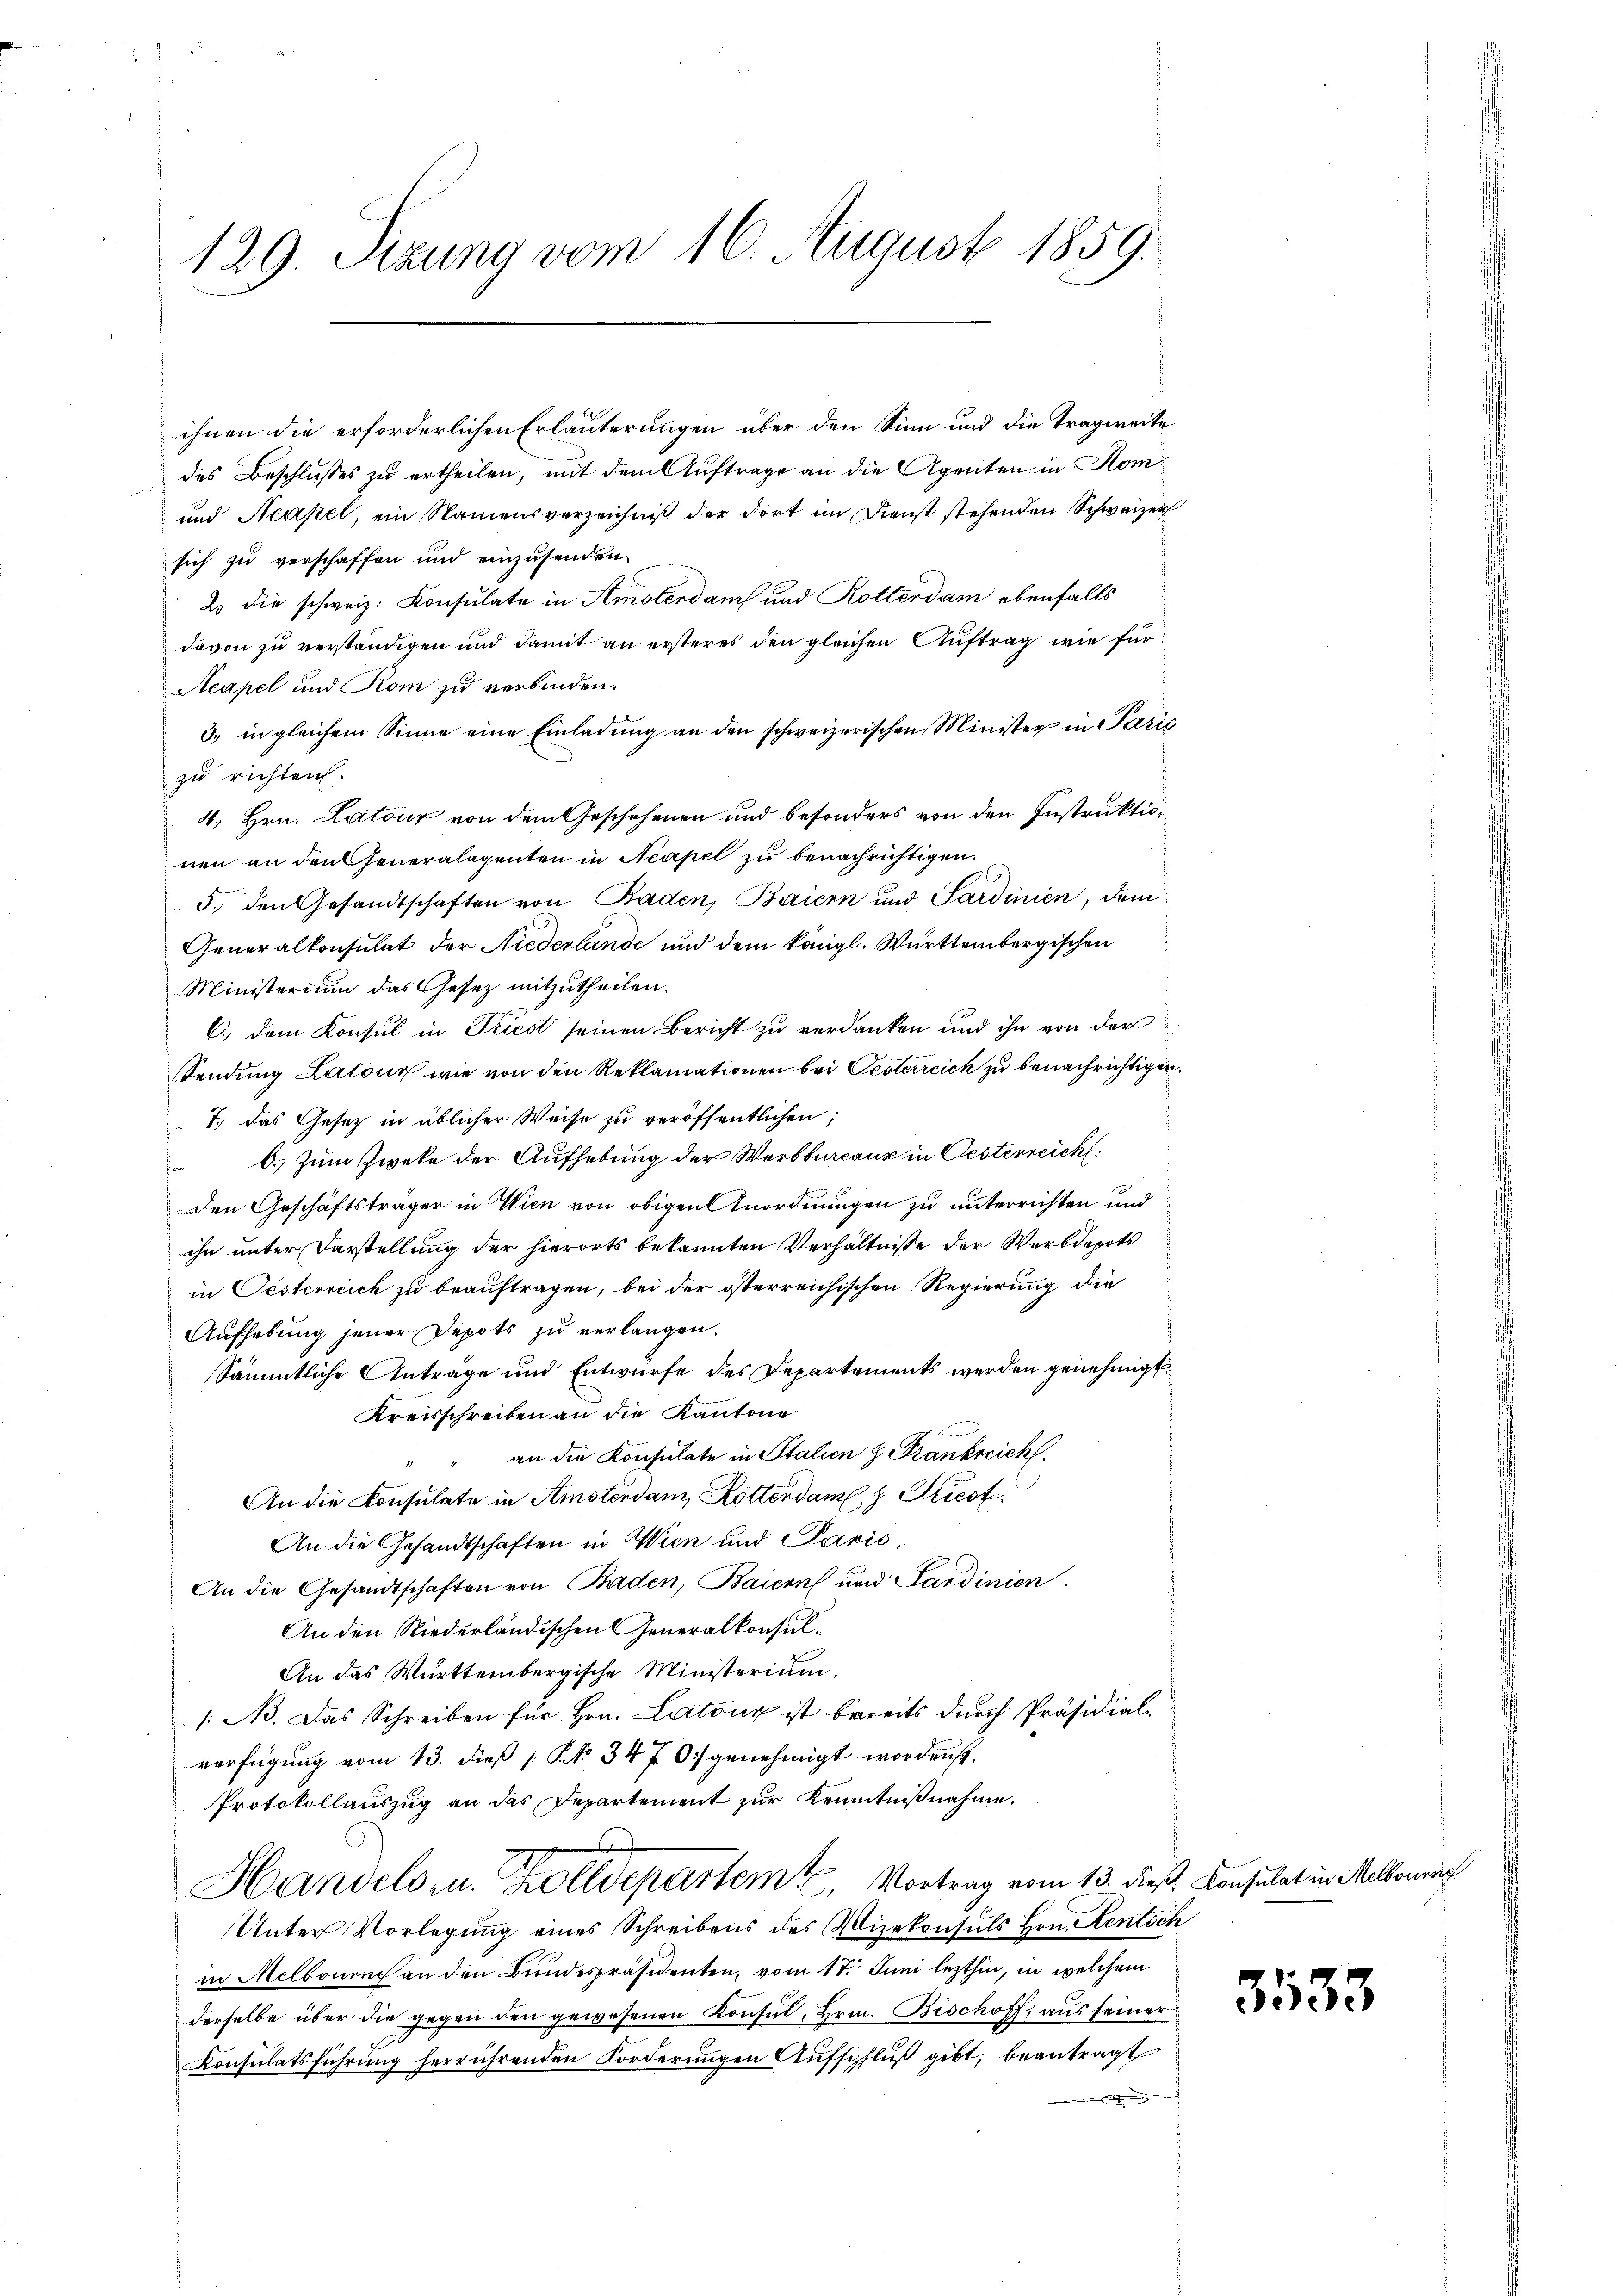
ihnen die erforderlichen Erläuterungen über den Sinn und die Tragweite
des Beschlußes zu ertheilen, mit dem Auftrage an die Agenten in Kom
und Neapel, ein Namensverzeichniß der dort im Dienst stehenden Schweizer
sich zu verschaffen und einzusenden.
2 die schweiz. Konsulate in Amsterdam und Rotterdam ebenfalls
davon zu verständigen und damit an ersteres den gleichen Auftrag wie für¬
Neapel und Rom zu verbinden.
3) in gleichem Sinne eine Einladung an den schweizerischen Minister in Paris
zu richten.
4. Hrn. Latour von dem Geschehenen und besonders von den Instruktionen an den Generalagenten in Neapel zu benachrichtigen.
5., den Gesandtschaften von Baden, Baiern und Sardinien, dem
Generalkonsulat der Niederlande und dem königl. Württembergischen
Ministerium das Gesetz mitzutheilen.
C. dem Konsul in Triest seinen Bericht zu verdanken und ihn von der
Sendung Latour wie von den Reklamationen bei Gesterreich zu benachrichtigen.
7.) Das Gesetz in üblicher Weise zu veröffentlichen;
b.) Zum Zweke der Aufhebung der Werbbureaux in Oesterreich
E
den Geschäftsträger in Wien von obigen Anordnungen zu unterrichten und
ihn unter Darstellung der hierorts bekannten Verhältnisse der Werbdepots
in Oesterreich zu beauftragen, bei der österreichischen Regierung die
Aufhebung jener Depots zu verlangen.
Sämmtliche Anträge und Entwurfe des Departements werden genehmigt.
Kreisschreiben an die Kantone
an die Konsulate in Stalien z. Frankreich
An die Konsulate in Amsterdan, Rottendame.  Priest
An die Gesandtschaften in Wien und Parić,
An die Gesandtschaften von Baden, Baiern und Sardinien
An den Niederländischen Generalkonsul¬
An das Württembergische Ministerium,
/: B. Das Schreiben für Hrn. Latonz ist bereits durch Präsidial-
verfügung vom 13. diβ [ Pk 347 0. genehmigt wordenst,
Protokollauszug an das Departement zur Kenntnißnahme.
Handels- u. Zolldepartem Vortrag vom 13. dieß Konsulat in Melloru
Unter Vorlegung eines Schreibens des Vizekonsuls Hrn. Rentsch
in Melbouens an den Bundespräsidenten, vom 17. Juni lezthin, in welchem
derselbe über die gegen den gewesenen Konsul, Hrn. Bischoff, aus seiner
Konsulatsführung herrührenden Forderungen Aufschluß gibt, beantragt
.

129. Sitzung vom 16. August 1859.

3533